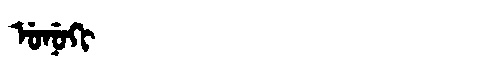
Manchu: ᡠᠨᡠᡴᡳ
Romanization: UNUKI